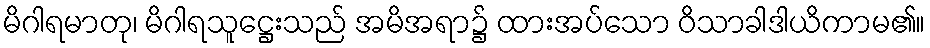
မိဂါရမာတု၊ မိဂါရသူဋ္ဌေးသည် အမိအရာ၌ ထားအပ်သော ဝိသာခါဒါယိကာမ၏။